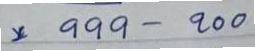
* 999 - 200